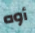
أوه